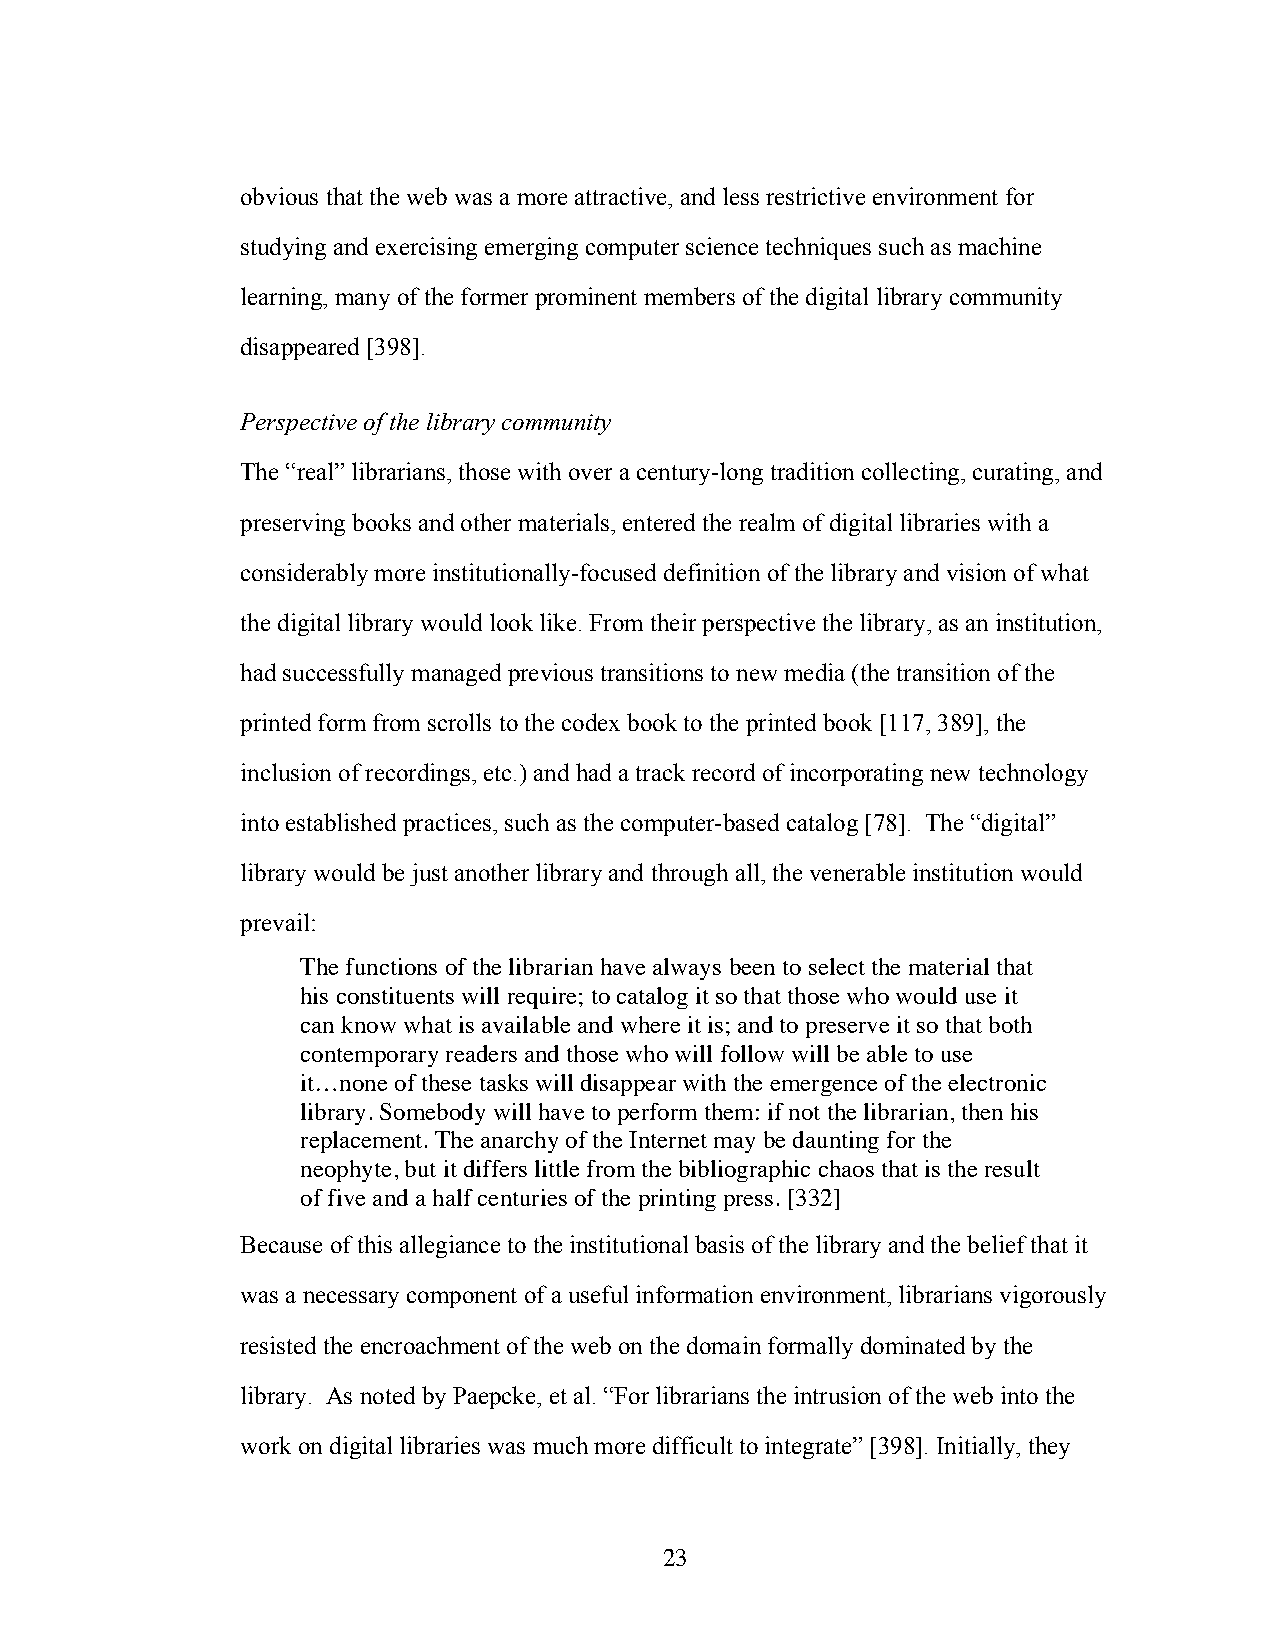
obvious that the web was a more attractive, and less restrictive environment for
 studying and exercising emerging computer science techniques such as machine
 learning, many of the former prominent members of the digital library community
 disappeared [398].
 Perspective of the library community
 The “real” librarians, those with over a century-long tradition collecting, curating, and
 preserving books and other materials, entered the realm of digital libraries with a
 considerably more institutionally-focused definition of the library and vision of what
 the digital library would look like. From their perspective the library, as an institution,
 had successfully managed previous transitions to new media (the transition of the
 printed form from scrolls to the codex book to the printed book [117, 389], the
 inclusion of recordings, etc.) and had a track record of incorporating new technology
 into established practices, such as the computer-based catalog [78]. The “digital”
 library would be just another library and through all, the venerable institution would
 prevail:
 The functions of the librarian have always been to select the material that
 his constituents will require; to catalog it so that those who would use it
 can know what is available and where it is; and to preserve it so that both
 contemporary readers and those who will follow will be able to use
 it…none of these tasks will disappear with the emergence of the electronic
 library. Somebody will have to perform them: if not the librarian, then his
 replacement. The anarchy of the Internet may be daunting for the
 neophyte, but it differs little from the bibliographic chaos that is the result
 of five and a half centuries of the printing press. [332]
 Because of this allegiance to the institutional basis of the library and the belief that it
 was a necessary component of a useful information environment, librarians vigorously
 resisted the encroachment of the web on the domain formally dominated by the
 library. As noted by Paepcke, et al. “For librarians the intrusion of the web into the
 work on digital libraries was much more difficult to integrate” [398]. Initially, they
 23